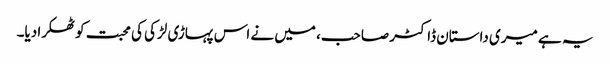
یہ ہے میری داستان ڈاکٹر صاحب، میں نے اس پہاڑی لڑکی کی محبت کو ٹھکرا دیا۔